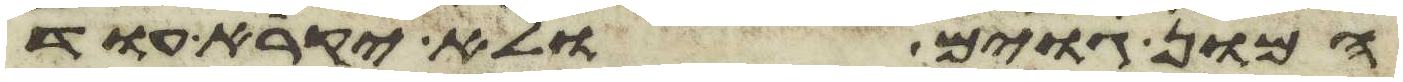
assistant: המון גוים ולא יקרא עוד